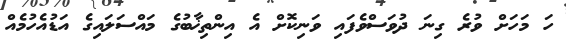
ހަ މަހަށް ވުރެ ގިނަ ދުވަސްވެފައި ވަނިކޮށް އެ އިންތިޚާބުގެ މައްސަލައިގެ އަޑުއެހުމެއް